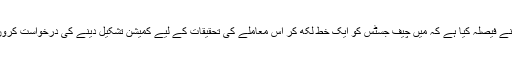
‘میں نے فیصلہ کیا ہے کہ میں چیف جسٹس کو ایک خط لکھ کر اس معاملے کی تحقیقات کے لیے کمیشن تشکیل دینے کی درخواست کروں گا’۔